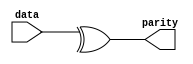
// SPDX-License-Identifier: Apache-2.0
// Copyright (C) 2019 Intel Corporation. All rights reserved
module c3aibadapt_cmn_parity_gen
    #(
	parameter WIDTH = 'd0   
    )   
    (
        output  wire			parity,
        input   wire [WIDTH-1:0]    	data
    );

	assign parity = ^data[WIDTH-1:0];

endmodule // c3aibadapt_cmn_parity_gen